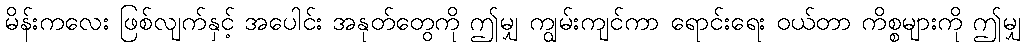
မိန်းကလေး ဖြစ်လျက်နှင့် အပေါင်း အနုတ်တွေကို ဤမျှ ကျွမ်းကျင်ကာ ရောင်းရေး ဝယ်တာ ကိစ္စများကို ဤမျှ